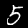
Label: 5